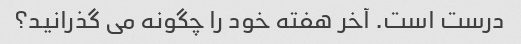
درست است. آخر هفته خود را چگونه می گذرانید؟